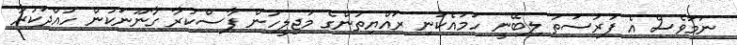
ނަމަވެސް އެ ފުރުސަތު ލިބޭނީ ހަމައެކަނި ރައްޔިތުންގެ މަޖިލީހުން ފާސްކުރާ ގާނޫނަކުން ހުއްދަކުރާ